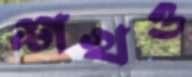
শখও